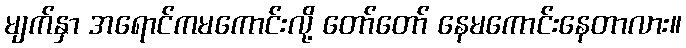
မျက်နှာ အရောင်ကမကောင်းလို့ တော်တော် နေမကောင်းနေတာလား။